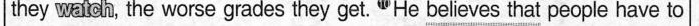
they waich, the worse grades they get. 10He \underline{believes that} people have to